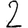
Digit: 2